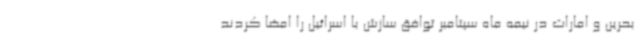
بحرین و امارات در نیمه ماه سپتامبر توافق سازش با اسرائیل را امضا کردند